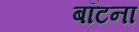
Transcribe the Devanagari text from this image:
बॉटना